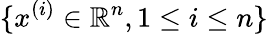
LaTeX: \{ x^{(i)}\in\mathbb{R}^{n},1\le i\le n\}